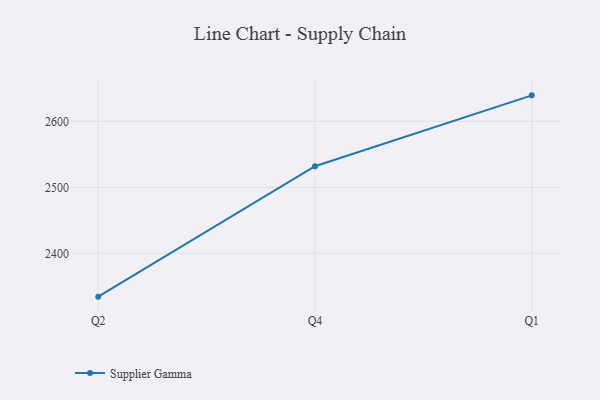
{"axis": {"x": "Quarter", "y": "Demand Index"}, "legend": ["Supplier Gamma"], "data": [{"x": "Q2", "y": 2334.4, "type": "Supplier Gamma"}, {"x": "Q4", "y": 2531.9, "type": "Supplier Gamma"}, {"x": "Q1", "y": 2639.3, "type": "Supplier Gamma"}]}